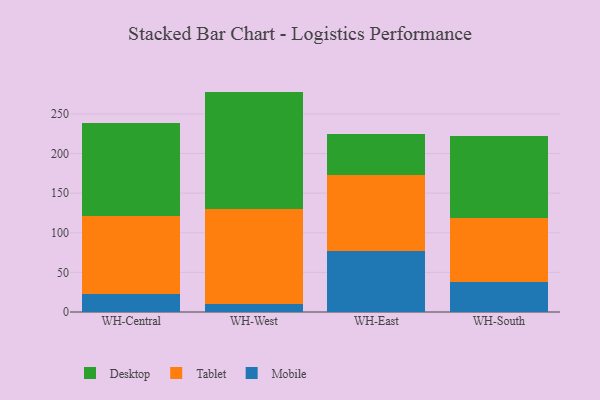
{"axis": {"x": "Warehouse", "y": "Churn Rate (%)"}, "legend": ["Desktop", "Mobile", "Tablet"], "data": [{"x": "WH-Central", "y": 22.3, "type": "Mobile"}, {"x": "WH-Central", "y": 99.2, "type": "Tablet"}, {"x": "WH-Central", "y": 116.5, "type": "Desktop"}, {"x": "WH-West", "y": 10.3, "type": "Mobile"}, {"x": "WH-West", "y": 120.0, "type": "Tablet"}, {"x": "WH-West", "y": 147.8, "type": "Desktop"}, {"x": "WH-East", "y": 77.4, "type": "Mobile"}, {"x": "WH-East", "y": 95.1, "type": "Tablet"}, {"x": "WH-East", "y": 51.8, "type": "Desktop"}, {"x": "WH-South", "y": 37.5, "type": "Mobile"}, {"x": "WH-South", "y": 80.6, "type": "Tablet"}, {"x": "WH-South", "y": 103.4, "type": "Desktop"}]}